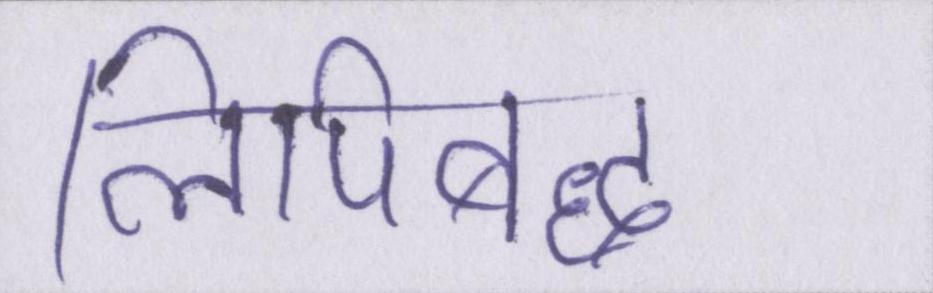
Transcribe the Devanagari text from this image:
लिपिबद्ध